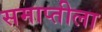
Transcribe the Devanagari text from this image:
समाप्तीला